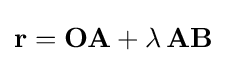
\mathbf {r} =\mathbf {OA} +\lambda \,\mathbf {AB}